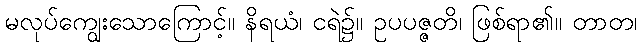
မလုပ်ကျွေးသောကြောင့်။ နိရယံ၊ ငရဲ၌။ ဥပပဇ္ဇတိ၊ ဖြစ်ရာ၏။ တာတ၊